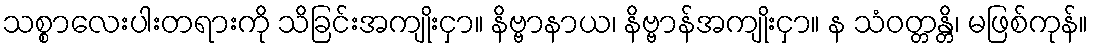
သစ္စာလေးပါးတရားကို သိခြင်းအကျိုးငှာ။ နိဗ္ဗာနာယ၊ နိဗ္ဗာန်အကျိုးငှာ။ န သံဝတ္တန္တိ၊ မဖြစ်ကုန်။